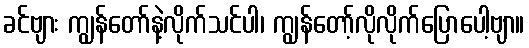
ခင်ဗျား ကျွန်တော်နဲ့လိုက်သင်ပါ၊ ကျွန်တော့်လိုလိုက်ပြောပေါ့ဗျာ။